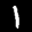
Label: 1